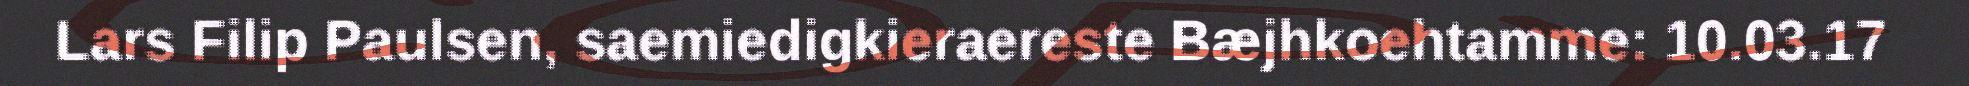
Lars Filip Paulsen, saemiedigkieraereste Bæjhkoehtamme: 10.03.17